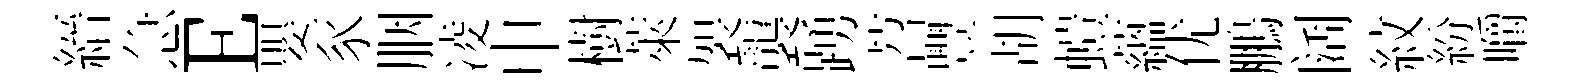
縉急E嬰豕胭凌申樹萊袈襲踴苕豐胡螘藴优鵬阔紋紛嚼